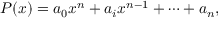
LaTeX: P ( x ) = a _ { 0 } x ^ { n } + a _ { i } x ^ { n - 1 } + \cdots + a _ { n } ,